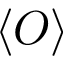
\langle O \rangle